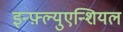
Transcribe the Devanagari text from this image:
इन्फ़्ल्युएन्शियल